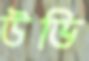
উভি